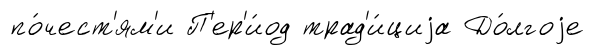
по́чест'ям'и П'ер'и́од трад'и́циjа До́лгоjе